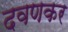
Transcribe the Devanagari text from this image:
दवणकर